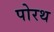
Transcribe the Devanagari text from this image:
पोरथ